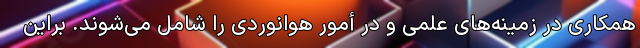
همکاری در زمینه‌های علمی و در أمور هوانوردی را شامل می‌شوند. براین